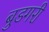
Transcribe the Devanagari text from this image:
बुडगरी